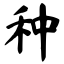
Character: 种